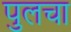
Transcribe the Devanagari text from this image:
पुलचा